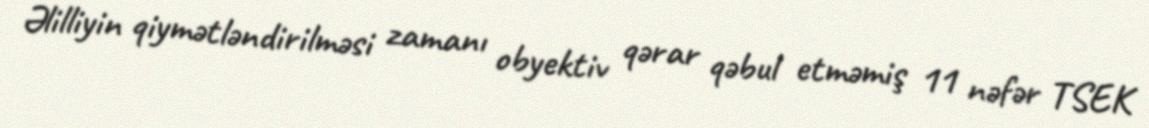
Əlilliyin qiymətləndirilməsi zamanı obyektiv qərar qəbul etməmiş 11 nəfər TSEK